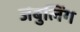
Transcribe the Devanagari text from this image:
जंबुलिंग